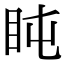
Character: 盹